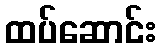
ထပ်ဆောင်း